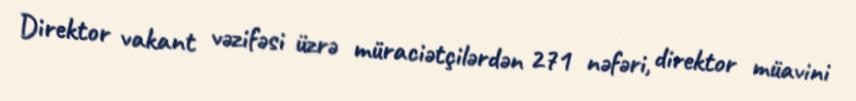
Direktor vakant vəzifəsi üzrə müraciətçilərdən 271 nəfəri, direktor müavini